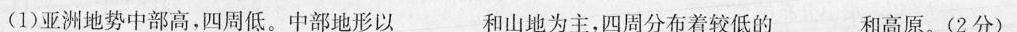
(1)亚洲地势中部高，四周低。中部地形以___和山地为主，四周分布着较低的____和高原。(2分)